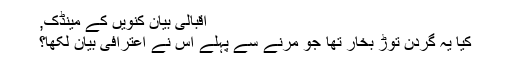
اقبالی بیان کنویں کے مینڈک,
کیا یہ گردن توڑ بخار تھا جو مرنے سے پہلے اس نے اعترافی بیان لکھا؟